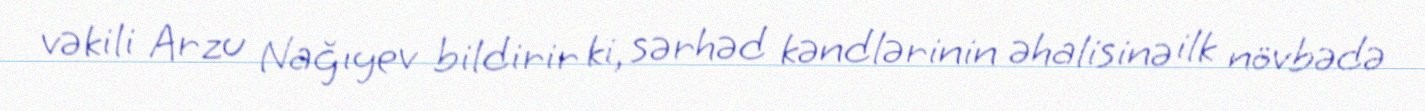
vəkili Arzu Nağıyev bildirir ki, sərhəd kəndlərinin əhalisinə ilk növbədə